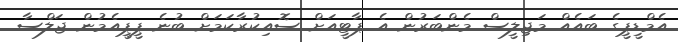
އެމްޑީޕީގެ ބައެއް މަޖިލީސް މެންބަރުން އެ ޕާޓީއަށް ސޮއިކުރާކަމަށް ބުނެ ޕީޕީއެމުން ޖަލްސާ